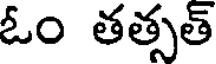
ఓం తత్సత్